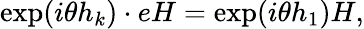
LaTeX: \exp(i\theta h_{k})\cdot eH=\exp(i\theta h_{1})H,